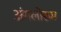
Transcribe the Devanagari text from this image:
अंगलोरुम